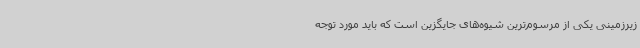
زیرزمینی یکی از مرسوم‌ترین شیوه‌های جایگزین است که باید مورد توجه